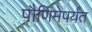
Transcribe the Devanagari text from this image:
पौणिमेपर्यंत